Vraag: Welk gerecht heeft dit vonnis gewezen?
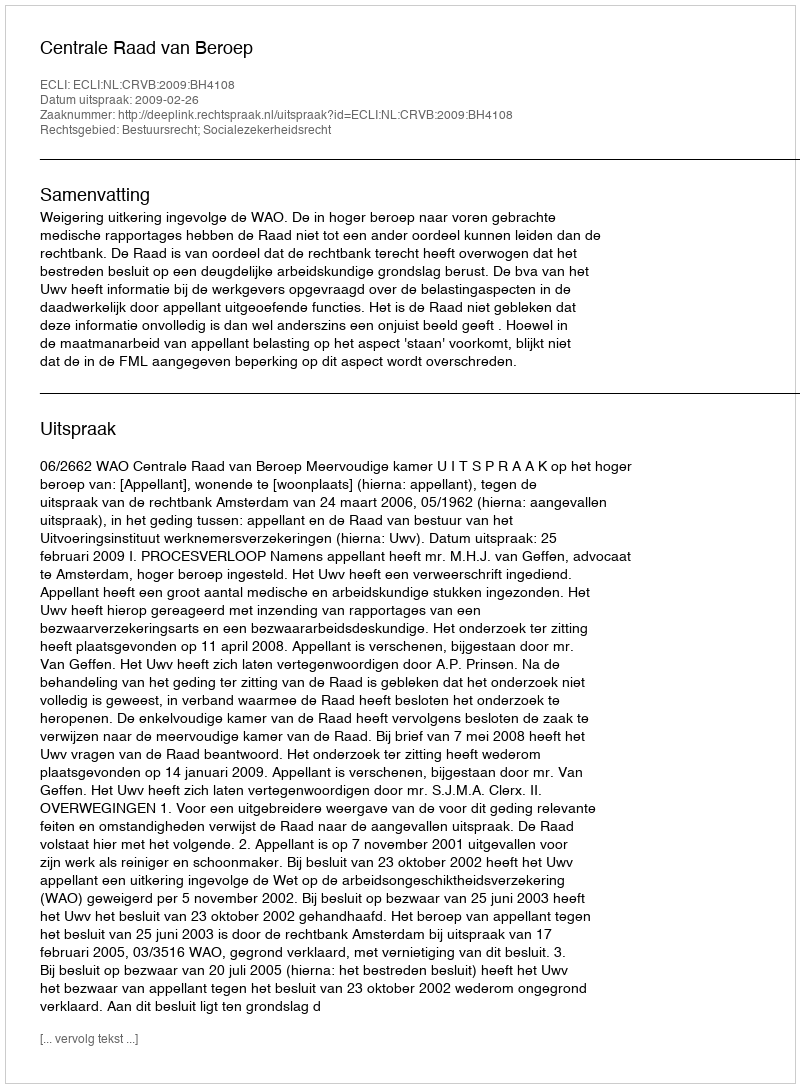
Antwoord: Centrale Raad van Beroep